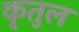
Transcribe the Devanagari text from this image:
कृतुल